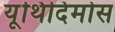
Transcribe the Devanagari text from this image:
यूथिदिमोस